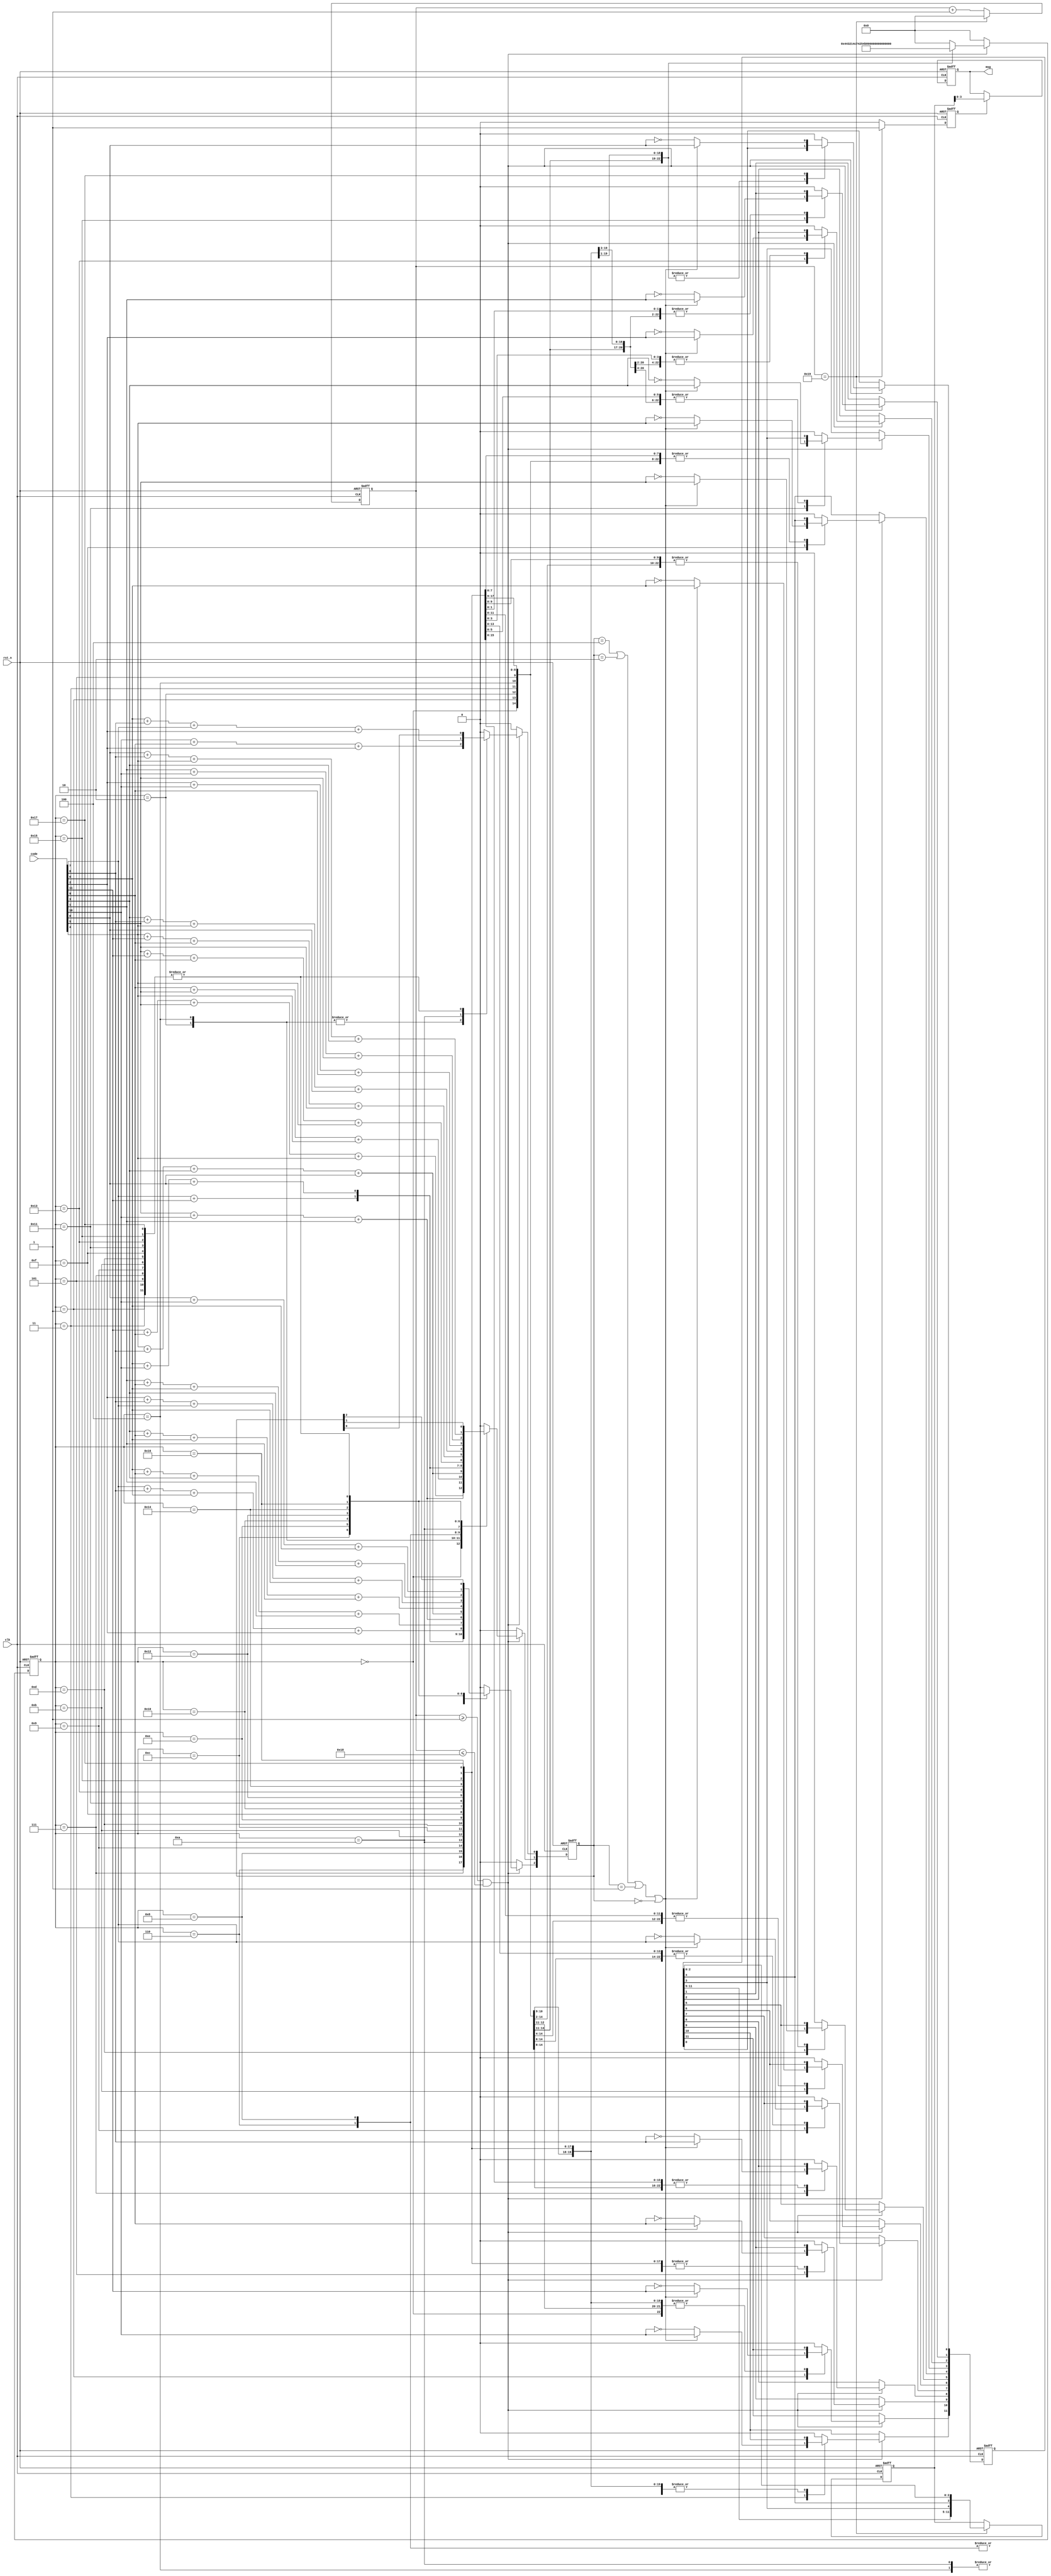
`timescale 1 ns/ 1 ps
module ldpc_decoder(
	clk,
	rst_n,
	code,
	msg
	);

	input  clk;															//  50MHz
	input  rst_n;														// 
	input  [11:0] code;													//  
	output [3:0] msg;													//  

	reg [4:0] clk_count;
	always@(posedge clk or negedge rst_n)								
	begin
		if(rst_n == 1'b0)
			clk_count <= #1 5'b0;
		else
		begin
			if(clk_count == 5'd25)
				clk_count <= #1 5'b0;
			else
				clk_count <= #1 clk_count + 1'b1;		
		end
	end
	
	reg [11:0] code_check;												// 
	reg [4:0]  state;
	reg [2:0]  s; 														// 
	always@(posedge clk or negedge rst_n)
	begin
		if(rst_n == 1'b0)
		begin
			code_check   <= #1 12'b0;
			state <= #1 5'b0;
			s <= #1 3'b0;
		end
		else
		begin				
			if((clk_count >= 5'd1)&&(clk_count <= 5'd24))				//  
			begin
				case(state)   
				5'd0:begin 												// code[11]
					s[2] <= #1 code[11]+code[7];
					s[1] <= #1 code[11]+code[9]+code[5]+code[4];
					s[0] <= #1 1'b0;
					state <= #1 5'd1;				
				end
				5'd1:begin 												// code[11]
					if((s==3'b100)||(s==3'b010)||(s==3'b001)||(s==3'b000))
						code_check[11] <= #1 code[11];  				// code[11] 
					else
						code_check[11] <= #1 ~code[11];	 				// code[11]
					state <= #1 5'd2;				
				end
				5'd2:begin 												// code[10]
					s[2] <= #1 code[10]+code[6]+code[0];
					s[1] <= #1 code[10]+code[5]+code[1];
					s[0] <= #1 code[10]+code[9]+code[2];	
					state <= #1 5'd3;				
				end
				5'd3:begin 												// code[10]
					if((s==3'b100)||(s==3'b010)||(s==3'b001)||(s==3'b000))
						code_check[10] <= #1 code[10];  				// code[10] 
					else
						code_check[10] <= #1 ~code[10];	 				// code[10]
					state <= #1 5'd4;						
				end
			
				5'd4:begin 												// code[9]
					s[2] <= #1 code[9]+code[6]+code[3]+code[1];
					s[1] <= #1 code[9]+code[5]+code[4];
					s[0] <= #1 code[9]+code[10]+code[2];		
					state <= #1 5'd5;				
				end
				5'd5:begin 												// code[9]
					if((s==3'b100)||(s==3'b010)||(s==3'b001)||(s==3'b000))
						code_check[9] <= #1 code[9];  					// code[9] 
					else
						code_check[9] <= #1 ~code[9];	 				// code[9]
					state <= #1 5'd6;						
				end
			
				5'd6:begin 												// code[8]
					s[2] <= #1 code[8]+code[7]+code[6]+code[2];
					s[1] <= #1 code[8]+code[4]+code[3]+code[0];
					s[0] <= #1 1'b0;		
					state <= #1 5'd7;				
				end
				5'd7:begin 												// code[8]
					if((s==3'b100)||(s==3'b010)||(s==3'b001)||(s==3'b000))
						code_check[8] <= #1 code[8];  					// code[8] 
					else
						code_check[8] <= #1 ~code[8];	 				// code[8]
					state <= #1 5'd8;						
				end
			
				5'd8:begin 												// code[7]
					s[2] <= #1 code[7]+code[8]+code[6]+code[2];
					s[1] <= #1 code[7]+code[11];
					s[0] <= #1 1'b0;		
					state <= #1 5'd9;				
				end
				5'd9:begin 												// code[7]
					if((s==3'b100)||(s==3'b010)||(s==3'b001)||(s==3'b000))
						code_check[7] <= #1 code[7];  					// code[7] 
					else
						code_check[7] <= #1 ~code[7];	 				// code[7]
					state <= #1 5'd10;						
				end
			
				5'd10:begin 											// code[6]
					s[2] <= #1 code[6]+code[9]+code[3]+code[1];
					s[1] <= #1 code[6]+code[10]+code[0];
					s[0] <= #1 code[6]+code[8]+code[7]+code[2];		
					state <= #1 5'd11;				
				end
				5'd11:begin 											// code[6]
					if((s==3'b100)||(s==3'b010)||(s==3'b001)||(s==3'b000))
						code_check[6] <= #1 code[6];  					// code[6] 
					else
						code_check[6] <= #1 ~code[6];	 				// code[6]
					state <= #1 5'd12;						
				end
			
				5'd12:begin 											// code[5]
					s[2] <= #1 code[5]+code[10]+code[1];
					s[1] <= #1 code[5]+code[11]+code[9]+code[4];
					s[0] <= #1 1'b0;		
					state <= #1 5'd13;				
				end
				5'd13:begin 											// code[5]
					if((s==3'b100)||(s==3'b010)||(s==3'b001)||(s==3'b000))
						code_check[5] <= #1 code[5];  					// code[5] 
					else
						code_check[5] <= #1 ~code[5];	 				// code[5]
					state <= #1 5'd14;						
				end
			
				5'd14:begin 											// code[4]
					s[2] <= #1 code[4]+code[8]+code[3]+code[0];
					s[1] <= #1 code[4]+code[11]+code[9]+code[5];
					s[0] <= #1 1'b0;		
					state <= #1 5'd15;				
				end
				5'd15:begin 											// code[4]
					if((s==3'b100)||(s==3'b010)||(s==3'b001)||(s==3'b000))
						code_check[4] <= #1 code[4];  					// code[4] 
					else
						code_check[4] <= #1 ~code[4];	 				// code[4]
					state <= #1 5'd16;						
				end
				
				5'd16:begin 											// code[3]
					s[2] <= #1 code[3]+code[9]+code[6]+code[1];
					s[1] <= #1 code[3]+code[8]+code[4]+code[0];
					s[0] <= #1 1'b0;		
					state <= #1 5'd17;				
				end
				5'd17:begin 											// code[3]
					if((s==3'b100)||(s==3'b010)||(s==3'b001)||(s==3'b000))
						code_check[3] <= #1 code[3];  					// code[3] 
					else
						code_check[3] <= #1 ~code[3];	 				// code[3]
					state <= #1 5'd18;						
				end
				
				5'd18:begin 											// code[2]
					s[2] <= #1 code[2]+code[8]+code[7]+code[6];
					s[1] <= #1 code[2]+code[10]+code[9];
					s[0] <= #1 1'b0;		
					state <= #1 5'd19;				
				end
				5'd19:begin 											// code[2]
					if((s==3'b100)||(s==3'b010)||(s==3'b001)||(s==3'b000))
						code_check[2] <= #1 code[2];  					// code[2] 
					else
						code_check[2] <= #1 ~code[2];	 				// code[2]
					state <= #1 5'd20;						
				end
				
				5'd20:begin 											// code[1]
					s[2] <= #1 code[1]+code[9]+code[6]+code[3];
					s[1] <= #1 code[1]+code[10]+code[5];
					s[0] <= #1 1'b0;		
					state <= #1 5'd21;				
				end
				5'd21:begin 											// code[1]
					if((s==3'b100)||(s==3'b010)||(s==3'b001)||(s==3'b000))
						code_check[1] <= #1 code[1];  					// code[1] 
					else
						code_check[1] <= #1 ~code[1];				 	// code[1]
					state <= #1 5'd22;						
				end
				
				5'd22:begin 											// code[0]
					s[2] <= #1 code[0]+code[10]+code[6];
					s[1] <= #1 code[0]+code[8]+code[4]+code[3];
					s[0] <= #1 1'b0;		
					state <= #1 5'd23;				
				end
				5'd23:begin 											// code[0]
					if((s==3'b100)||(s==3'b010)||(s==3'b001)||(s==3'b000))
						code_check[0] <= #1 code[0];  					// code[1] 
					else
						code_check[0] <= #1 ~code[0];	 				// code[1]
					state <= #1 5'd0;						
				end
				
				default: begin
					state 	<= #1 5'b0;
					s 		<= #1 3'b0;
					code_check <= #1 12'b0;
				end
				
				endcase
			end
		
			else
			begin
				state <= #1 5'b0;
				s 	  <= #1 3'b0;
			end
		end
	end
	
	// 	 |0 0 0 0 0 0 0 9| u=[c | s]
	reg [11:0] code_col;												// 
	reg 	   decode_finish;											// 
	always@(posedge clk or negedge rst_n)
	begin
		if(rst_n == 1'b0)
		begin
			code_col   <= #1 8'b0;
			decode_finish <= #1 1'b0;
		end
			
		else
		begin
			if(clk_count == 5'd25)
			begin
				code_col <= #1 {code_check[11:5],code_check[3],code_check[4],code_check[2:0]}; // 89 
				decode_finish <= #1 1'b1;								// 
			end
			
			else
			begin
				code_col   <= #1 code_col;
				decode_finish <= #1 1'b0;				
			end
		end
	end
	
	reg [3:0] msg;														
	always@(posedge clk or negedge rst_n)
	begin
		if(rst_n == 1'b0)
			msg <= #1 4'b0;
		else
		begin
			if(decode_finish == 1'b1)
				msg <= #1 code_col[3:0];								// 
			else
				msg <= #1 msg;
		end
	end
	
endmodule